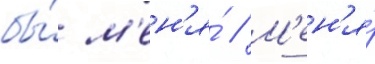
бы́ м'ен'я́ // М'ен'я́